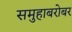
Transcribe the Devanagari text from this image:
समुहाबरोबर